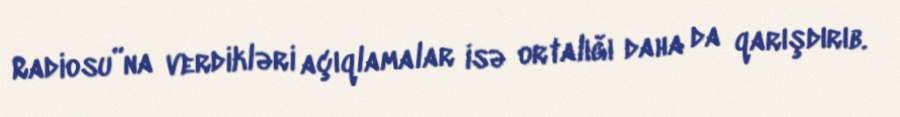
Radiosu”na verdikləri açıqlamalar isə ortalığı daha da qarışdırıb.